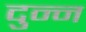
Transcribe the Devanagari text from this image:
दुन्न